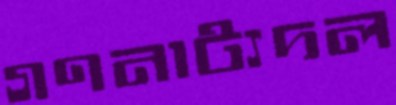
গণনাট্যদল